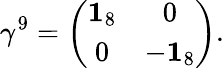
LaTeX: \gamma^{9}=\left(\begin{array}{cc}{{{\mathbf 1}_{8}}}&{{0}}\\ {{0}}&{{-{\mathbf 1}_{8}}}\end{array}\right).